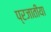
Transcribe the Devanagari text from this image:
प्रजातीया